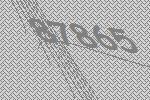
87865